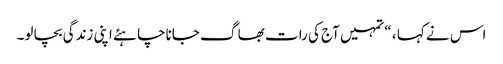
اس نے کہا ، “تمہیں آج کی رات بھا گ جاناچا ہئے اپنی زندگی بچا لو۔